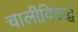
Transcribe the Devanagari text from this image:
चालीविरुद्ध